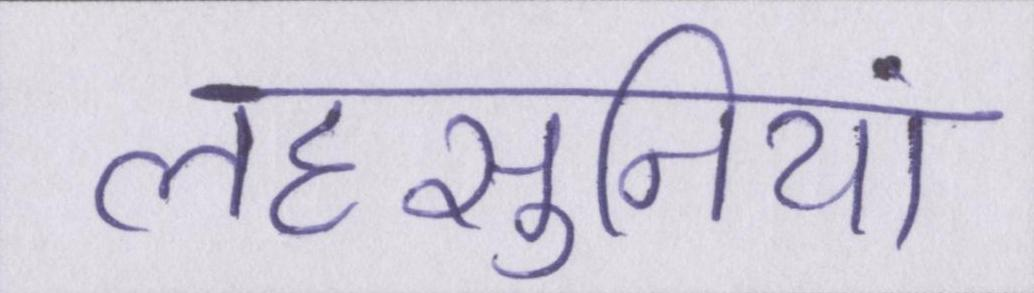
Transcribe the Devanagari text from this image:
लहसुनियां